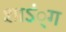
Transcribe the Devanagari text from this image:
शाऽं्ग